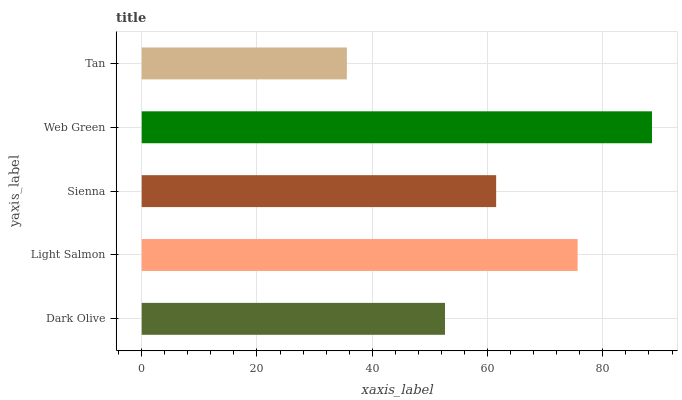
| yaxis_label | bars |
 | --- | --- |
 | Dark Olive | 52.6 |
 | Light Salmon | 75.6 |
 | Sienna | 61.5 |
 | Web Green | 88.5 |
 | Tan | 35.6 |